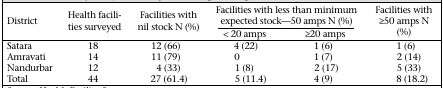
| <ROWSPAN=2> District | <ROWSPAN=2> Health facilities surveyed | <ROWSPAN=2> Facilities with nil stock N (%) | <COLSPAN=2> Facilities with less than minimum expected stock—50 amps N (%) | <ROWSPAN=2> Facilities with ≥50 amps N (%) |
 | < 20 amps | ≥20 amps |
 | --- | --- | --- | --- | --- | --- |
 | Satara | 18 | 12 (66) | 4 (22) | 1 (6) | 1 (6) |
 | Amravati | 14 | 11 (79) | 0 | 1 (7) | 2 (14) |
 | Nandurbar | 12 | 4 (33) | 1 (8) | 2 (17) | 5 (33) |
 | Total | 44 | 27 (61.4) | 5 (11.4) | 4 (9) | 8 (18.2) |